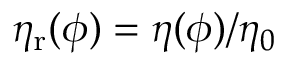
\eta _ { \mathrm { r } } ( \phi ) = \eta ( \phi ) / \eta _ { 0 }